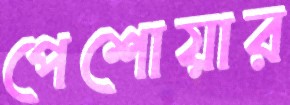
পেশোয়ার